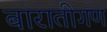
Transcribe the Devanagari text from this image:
बारातीगण